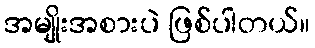
အမျိုးအစားပဲ ဖြစ်ပါတယ်။